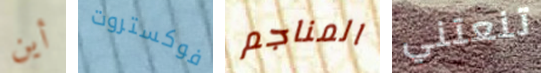
أين فوكستروت المناجم تنعتني